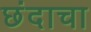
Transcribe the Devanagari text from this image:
छंदाचा